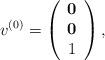
LaTeX: \begin{align*}v^{(0)} = \left(\begin{array}{ccc}{\bf 0} \\{\bf 0} \\1\end{array}\right),\end{align*}